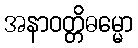
အနာဝတ္တိဓမ္မော